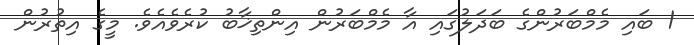
1 ބައި މެމްބަރުންގެ ބަދަލުގައި އާ މެމްބަރުން އިންތިޚާބު ކުރެވެއެވެ. މީގެ އިތުރުން